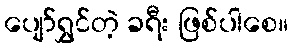
ပျော်ရွှင်တဲ့ ခရီး ဖြစ်ပါစေ။